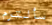
سألتزم